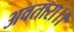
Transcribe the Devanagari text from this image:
अवतारा।।